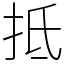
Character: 抵